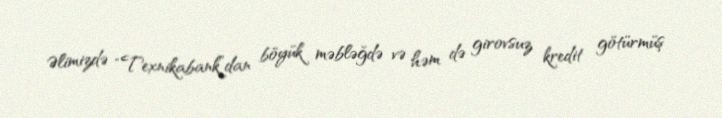
Əlimizdə “Texnikabank”dan böyük məbləğdə və həm də girovsuz kredit götürmüş